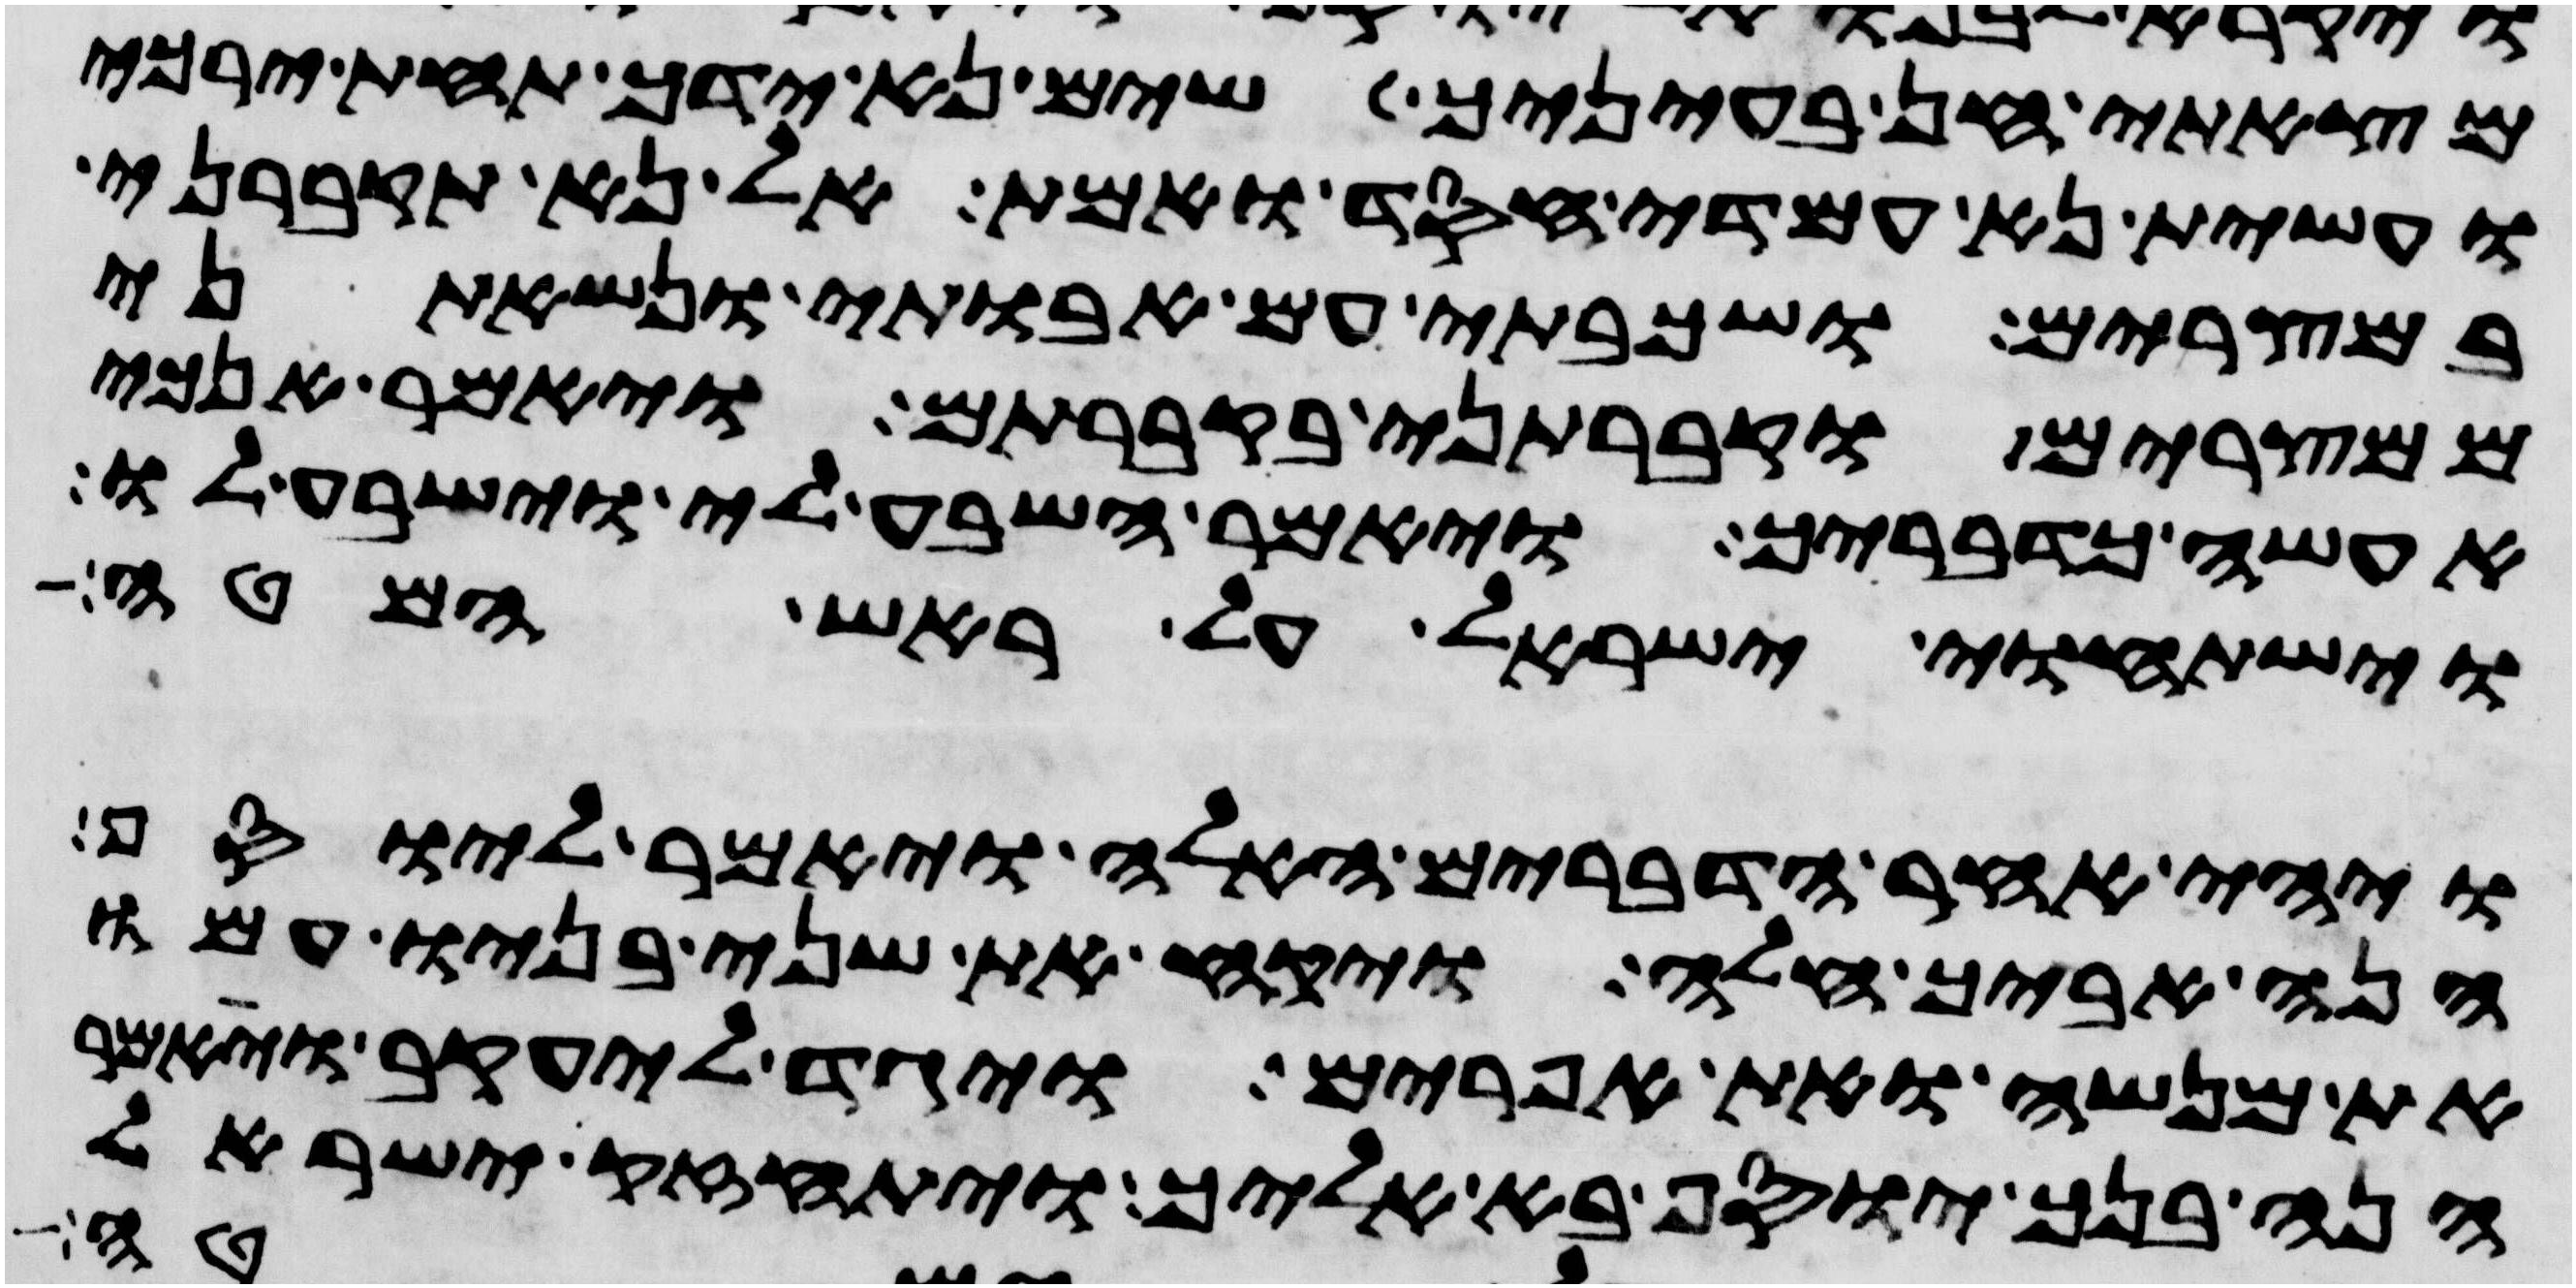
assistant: מצאתי חן בעיניך שים נא ידך תחת ירכי
ועשית נא עמדי חסד ואמת אל נא תקברני
במצרים ושכבתי עם אבתי ונשאתני
ממצרים וקברתני בקברתם ויאמר אנכי
אעשה כדבריך ויאמר השבע לי וישבע לו
וישתחוי ישראל על ראש המטה
ויהי אחר הדברים האלה ויאמר ליוסף
הנה אביך חלה ויקח את שני בניו עמו
את מנשה ואת אפרים ויגד ליעקב ויאמר
הנה בנך יוסף בא אליך ויתחזק ישראל